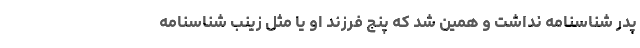
پدر شناسنامه نداشت و همين شد كه پنج فرزند او يا مثل زينب شناسنامه